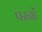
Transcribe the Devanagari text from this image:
परनों